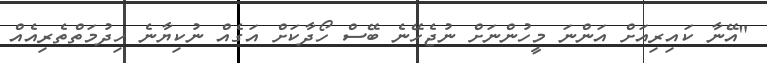
"އޭނާ ކައިރިއަށް އަންނަ މީހުންނަށް ނުޖެހޭނެ ބޭސް ހޯދާކަށް އަގެއް ނުކިޔާނެ ހިދުމަތްތެރިއެއް